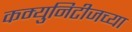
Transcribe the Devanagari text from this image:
कम्युनिटीजच्या